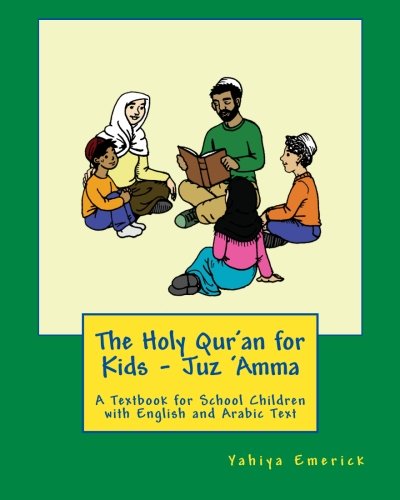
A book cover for The Holy Qur'an for Kids - Juz 'Amma: A Textbook for School Children with English and Arabic Text; Yahiya Emerick; Religion & Spirituality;